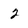
Character: 2